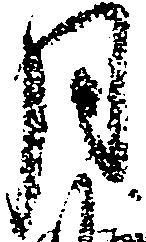
月